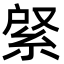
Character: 䋜